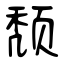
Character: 颓